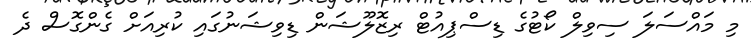
މި މައްސަލަ ސިވިލް ކޯޓުގެ ޑިސްޕިއުޓް ރިޒޮލޫޝަން ޑިވިޝަނުގައި ކުރިއަށް ގެންގޮސް ދެ